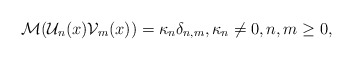
\begin{align*}\mathcal{M}(\mathcal{U}_n(x)\mathcal{V}_m(x))=\kappa_n\delta_{n,m}, \kappa_n \neq 0, n,m \geq 0,\end{align*}